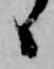
ゝ